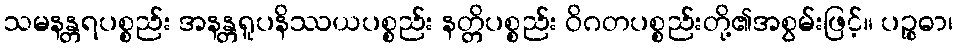
သမနန္တရပစ္စည်း အနန္တရူပနိဿယပစ္စည်း နတ္တိပစ္စည်း ဝိဂတပစ္စည်းတို့၏အစွမ်းဖြင့်။ ပဉ္စဓာ၊